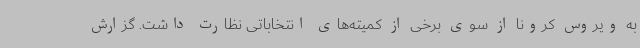
به ویروس کرونا از سوی برخی از کمیته‌های انتخاباتی نظارت داشت. گزارش